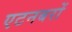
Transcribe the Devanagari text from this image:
एटनबरों